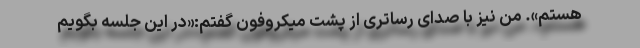
هستم». من نیز با صدای رساتری از پشت میکروفون گفتم:«در این جلسه بگویم